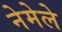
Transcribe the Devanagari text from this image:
नेमेले